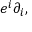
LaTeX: e ^ { i } \partial _ { i } ,